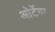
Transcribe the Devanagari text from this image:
ओर्टेगा